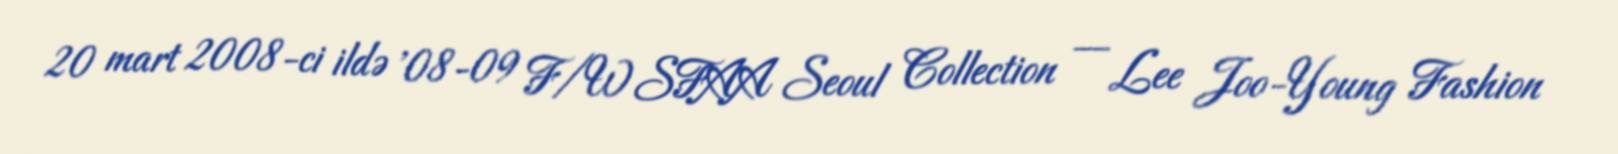
20 mart 2008-ci ildə '08-09 F/W SFAA Seoul Collection — Lee Joo-Young Fashion